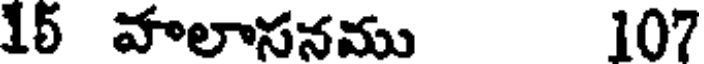
15 వాలాసనము 107